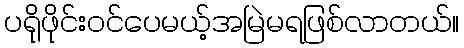
ပရိုဖိုင်းဝင်ပေမယ့်အမြဲမရဖြစ်လာတယ်။